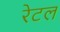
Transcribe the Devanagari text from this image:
रेटल